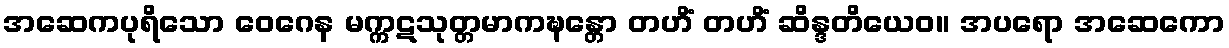
အဆေကပုရိသော ဝေဂေန မက္ကဋသုတ္တမာကဍ္ဎန္တော တဟိံ တဟိံ ဆိန္ဒတိယေဝ။ အပရော အဆေကော